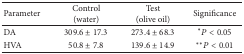
<table><thead><tr><td><b>Parameter</b></td><td><b>Control (water)</b></td><td><b>Test (olive oil)</b></td><td><b>Significance</b></td></tr></thead><tbody><tr><td>DA</td><td>309.6 ± 17.3</td><td>273.4 ± 68.3</td><td>*<i>P</i> &lt; 0.05</td></tr><tr><td>HVA</td><td>50.8 ± 7.8</td><td>139.6 ± 14.9</td><td>**<i>P</i> &lt; 0.01</td></tr></tbody></table>